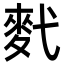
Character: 䴬